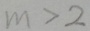
m > 2